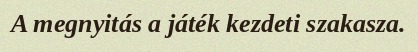
A megnyitás a játék kezdeti szakasza.